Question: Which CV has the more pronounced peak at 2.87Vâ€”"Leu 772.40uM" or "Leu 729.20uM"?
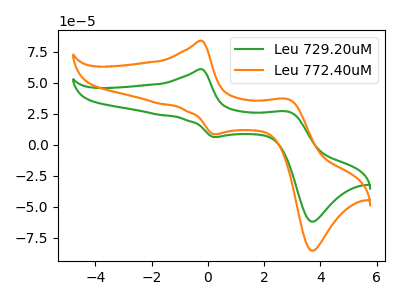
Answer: <think>The green curve "Leu 729.20uM" has anodic peaks at (-0.20V, 60.80uA) (2.85V, 26.50uA) and cathodic peaks at (0.20V, 6.10uA) (3.70V, -62.10uA). The orange curve "Leu 772.40uM" has anodic peaks at (-0.20V, 83.70uA) (2.85V, 36.50uA) and cathodic peaks at (0.20V, 8.40uA) (3.70V, -85.50uA).</think>
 <answer>The peak at 2.87V is higher in "Leu 772.40uM" than in "Leu 729.20uM".</answer>
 <eval>higher</eval>